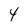
Character: 4